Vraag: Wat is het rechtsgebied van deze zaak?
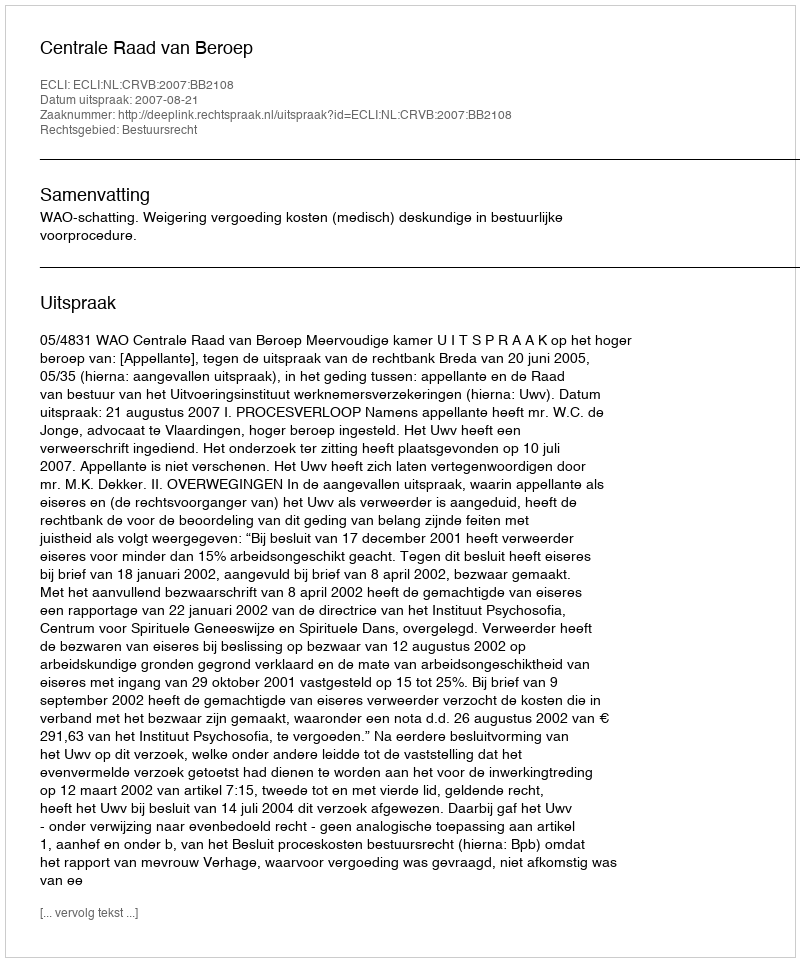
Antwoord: Bestuursrecht